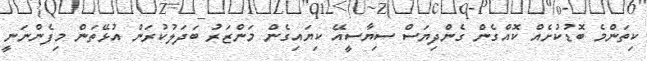
ކިތަންމެ ބޮޑުކުށެއް ކޮއްގެން ގެންދިޔަސް ސިޔާސީއޭ ކިޔައިގެން މަންޒަރު ބަދަލުކުރަން އުޅޭތަން މިފެންނަނީ